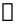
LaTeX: \mathscr{n}